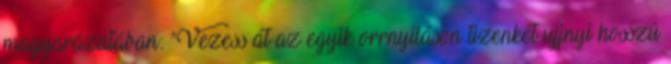
magyarázatában: "Vezess át az egyik orrnyíláson tizenkét ujjnyi hosszú